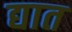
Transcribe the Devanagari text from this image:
द्यात